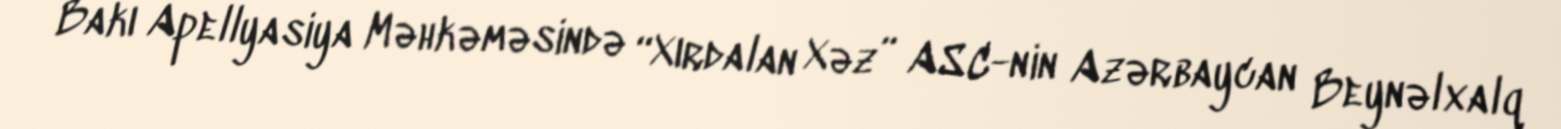
Bakı Apellyasiya Məhkəməsində “Xırdalan Xəz” ASC-nin Azərbaycan Beynəlxalq